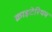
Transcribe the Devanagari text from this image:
क्राइटेरियम